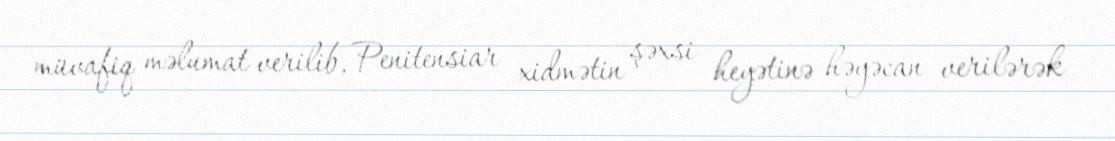
müvafiq məlumat verilib, Penitensiar xidmətin şəxsi heyətinə həyəcan verilərək